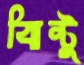
ঝিন্টু